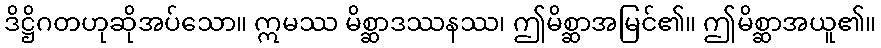
ဒိဋ္ဌိဂတဟုဆိုအပ်သော။ ဣမဿ မိစ္ဆာဒဿနဿ၊ ဤမိစ္ဆာအမြင်၏။ ဤမိစ္ဆာအယူ၏။